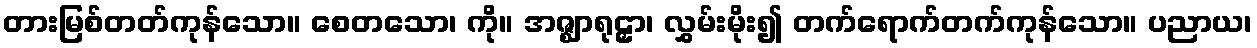
တားမြစ်တတ်ကုန်သော။ စေတသော၊ ကို။ အဇ္ဈာရုဠှာ၊ လွှမ်းမိုး၍ တက်ရောက်တက်ကုန်သော။ ပညာယ၊